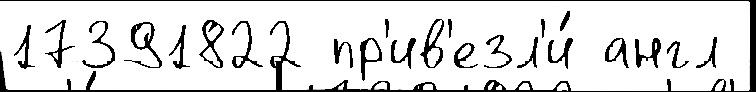
17391822 пр'ив'езл'и́ англ